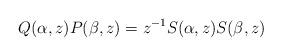
LaTeX: \begin{align*}Q(\alpha,z) P(\beta,z)=z^{-1} S(\alpha,z) S(\beta,z)\end{align*}